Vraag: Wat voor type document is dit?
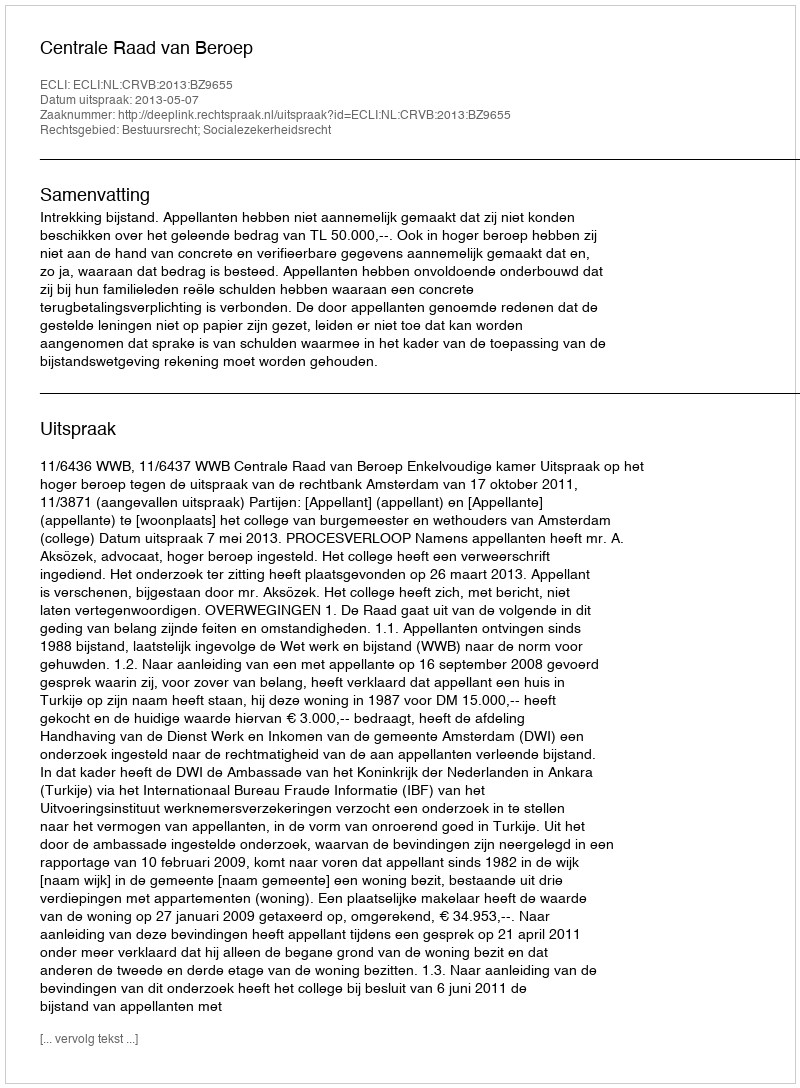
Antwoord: Uitspraak